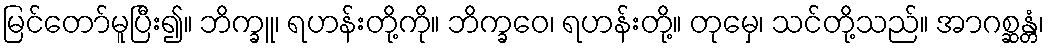
မြင်တော်မူပြီး၍။ ဘိက္ခူ၊ ရဟန်းတို့ကို။ ဘိက္ခဝေ၊ ရဟန်းတို့။ တုမှေ၊ သင်တို့သည်။ အာဂစ္ဆန္တံ၊